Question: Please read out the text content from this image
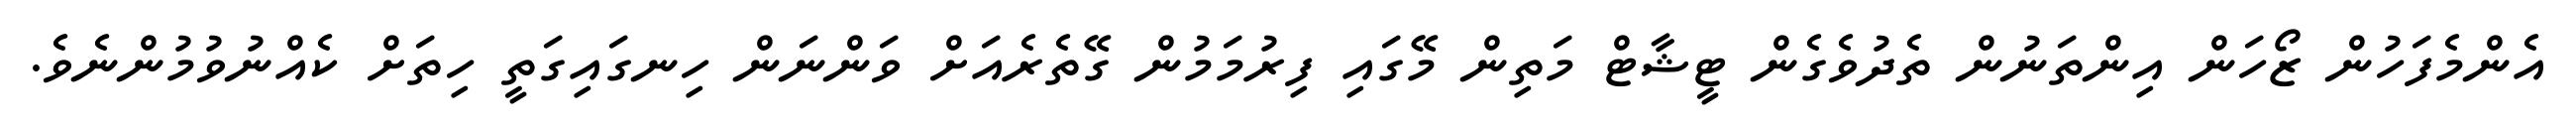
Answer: އެންމެފަހުން ޒޯހަން އިންތަނުން ތެދުވެގެން ޓީޝާޓް މަތިން މޭގައި ފިރުމަމުން ގޭތެރެއަށް ވަންނަން ހިނގައިގަތީ ހިތަށް ކެއްނުވުމުންނެވެ.